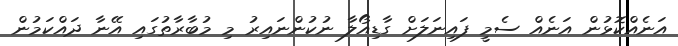
އަނެއްކޮޅުން އަނެއް ސެމީ ފައިނަލަށް ގާޑިއޯލާ ނުކުންނައިރު މި މުބާރާތުގައި އޭނާ ދައްކަމުން